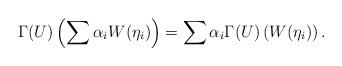
LaTeX: \begin{align*}\Gamma(U)\left(\sum\alpha_i W(\eta_i) \right)=\sum\alpha_i \Gamma(U)\left(W(\eta_i) \right).\end{align*}